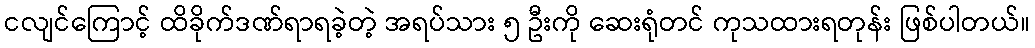
ငလျင်ကြောင့် ထိခိုက်ဒဏ်ရာရခဲ့တဲ့ အရပ်သား ၅ ဦးကို ဆေးရုံတင် ကုသထားရတုန်း ဖြစ်ပါတယ်။